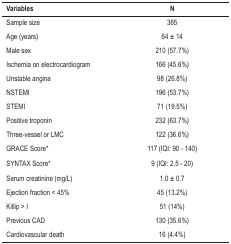
<table><thead><tr><td><b>Variables</b></td><td><b>N</b></td></tr></thead><tbody><tr><td>Sample size</td><td>365</td></tr><tr><td>Age (years)</td><td>64 ± 14</td></tr><tr><td>Male sex</td><td>210 (57.7%)</td></tr><tr><td>Ischemia on electrocardiogram</td><td>166 (45.6%)</td></tr><tr><td>Unstable angina</td><td>98 (26.8%)</td></tr><tr><td>NSTEMI</td><td>196 (53.7%)</td></tr><tr><td>STEMI</td><td>71 (19.5%)</td></tr><tr><td>Positive troponin</td><td>232 (63.7%)</td></tr><tr><td>Three-vessel or LMC</td><td>122 (36.6%)</td></tr><tr><td>GRACE Score*</td><td>117 (IQI: 90 - 140)</td></tr><tr><td>SYNTAX Score*</td><td>9 (IQI: 2.5 - 20)</td></tr><tr><td>Serum creatinine (mg/L)</td><td>1.0 ± 0.7</td></tr><tr><td>Ejection fraction &lt; 45%</td><td>45 (13.2%)</td></tr><tr><td>Killip &gt; I</td><td>51 (14%)</td></tr><tr><td>Previous CAD</td><td>130 (35.6%)</td></tr><tr><td>Cardiovascular death</td><td>16 (4.4%)</td></tr></tbody></table>